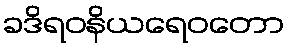
ခဒိရဝနိယရေဝတော